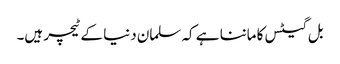
بل گیٹس کا ماننا ہے کہ سلمان دنیا کے ٹیچر ہیں۔